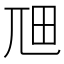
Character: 𭕎